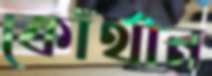
কোঁথান